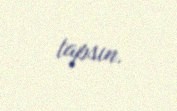
tapsın.